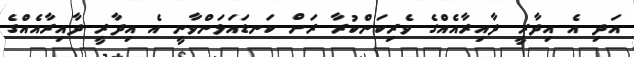
އަދި އެ އިދާރީ ދާއިރާއެއްގެ ވެރިކަންކުރާ ރަށް ކަނޑައަޅަންވާނީ އެ އިދާރީ ދާއިރާއެއްގެ